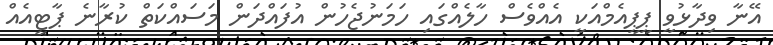
އޭނާ ވިދާޅުވީ ޕީޕީއެމްއަކީ އެއްވެސް ހާލެއްގައި ހަމަނުޖެހުން އުފައްދަން މަސައްކަތް ކުރާނެ ޕާޓީއެއް